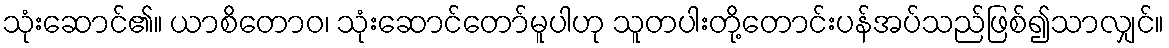
သုံးဆောင်၏။ ယာစိတောဝ၊ သုံးဆောင်တော်မူပါဟု သူတပါးတို့တောင်းပန်အပ်သည်ဖြစ်၍သာလျှင်။